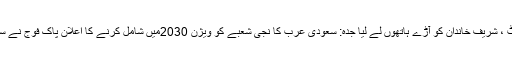
پی ٹی آئی چئیر مین عمران خان پی ٹی آئی چئیر مین عمران خان کا اُردو میں ٹویٹ ، شریف خاندان کو آڑے ہاتھوں لے لیا جدہ: سعودی عرب کا نجی شعبے کو ویژن 2030میں شامل کرنے کا اعلان پاک فوج نے سرحد پار کرنے والے بھارتی فوجی کو بھارت کے حوالے کرنے کا فیصلہ کر لیا۔